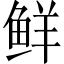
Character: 鲜